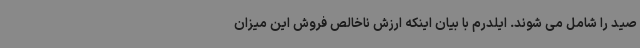
صید را شامل می شوند. ایلدرم با بیان اینکه ارزش ناخالص فروش این میزان